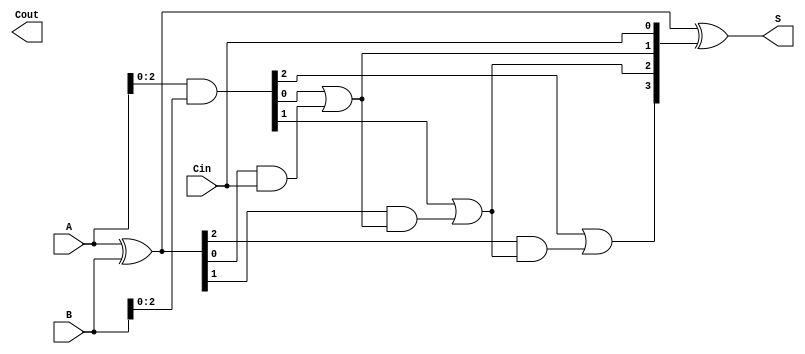
module CILA #(
    parameter n = 4  // Parameter for the bit width of the adder
)(
    input  [n-1:0] A,     // First operand
    input  [n-1:0] B,     // Second operand
    input         Cin,     // Carry input
    output [n-1:0] S,     // Sum output
    output        Cout     // Carry out
);

    // Generate and Propagate signals
    wire [n-1:0] G; // Generate
    wire [n-1:0] P; // Propagate
    wire [n:0] C;   // Carry signals

    // Generate and Propagate logic
    assign G = A & B;            // Generate: G[i] = A[i] & B[i]
    assign P = A ^ B;            // Propagate: P[i] = A[i] ^ B[i]

    // Carry lookahead logic
    assign C[0] = Cin;           // C[0] = Cin
    genvar i;
    generate
        for (i = 1; i < n; i = i + 1) begin : carry_generation
            assign C[i] = G[i-1] | (P[i-1] & C[i-1]); // C[i] = G[i-1] | (P[i-1] & C[i-1])
        end
    endgenerate
    assign C[n] = G[n-1] | (P[n-1] & C[n-1]); // Cout = G[n-1] | (P[n-1] & C[n-1])

    // Sum calculation
    assign S = P ^ C[n-1:0]; // S[i] = P[i] ^ C[i]

endmodule